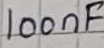
Text: 100nF